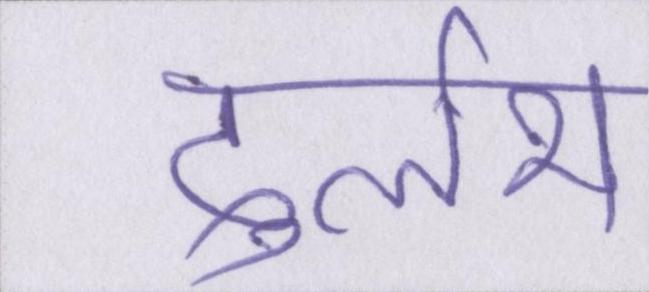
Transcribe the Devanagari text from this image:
दुर्लभ